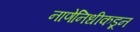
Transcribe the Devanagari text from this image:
नाणेनिधीकडून